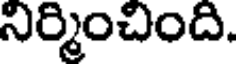
నిర్మించింది.